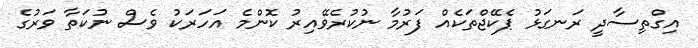
އިގްތިސާދީ ރަނގަޅު ޕެކޭޖްތަކެއް ފަރުމާ ނުކުރެވޭއިރު ކޮންމެ އަހަރަކު ވެސް ނުކަތާ ވަރުގެ